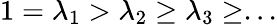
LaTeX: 1=\lambda_{1}>\lambda_{2}\geq\lambda_{3}\geq...